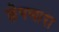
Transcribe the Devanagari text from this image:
झेपणारा